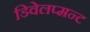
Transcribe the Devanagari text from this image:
डिवेलप्मन्ट